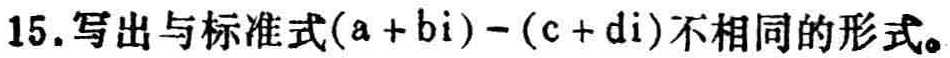
15.写出与标准式\((a + bi)-(c + di)\)不相同的形式。